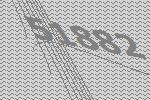
51882